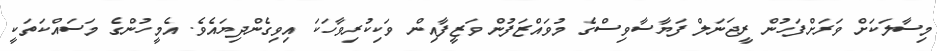
މިސާލަކަށް ވަރަށްފަހުން ރީޖަނަލް ފަޔާސާވިސްގެ މުވައްޒަފުން ވަޒީފާއިން ވަކިކުރިވާހަކަ އިވިގެންދިޔައެވެ. އެމީހުންގެ މަސައްކަތަކީ